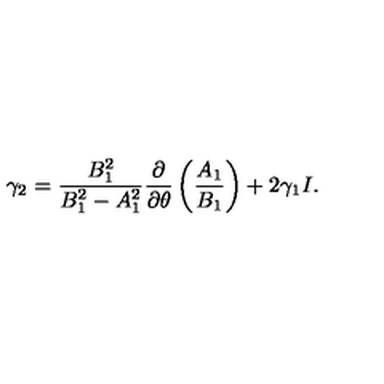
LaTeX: \gamma _ { 2 } = \frac { B _ { 1 } ^ { 2 } } { B _ { 1 } ^ { 2 } - A _ { 1 } ^ { 2 } } \frac { \partial } { \partial \theta } \left( \frac { A _ { 1 } } { B _ { 1 } } \right) + 2 \gamma _ { 1 } I .